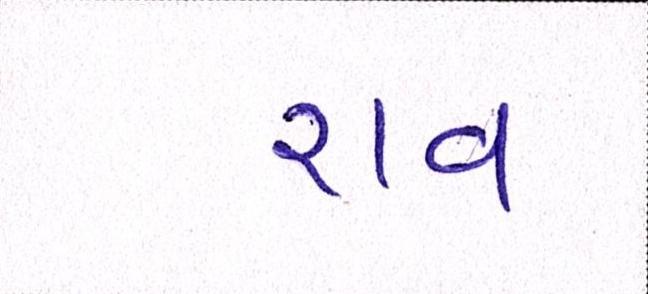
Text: રાવ